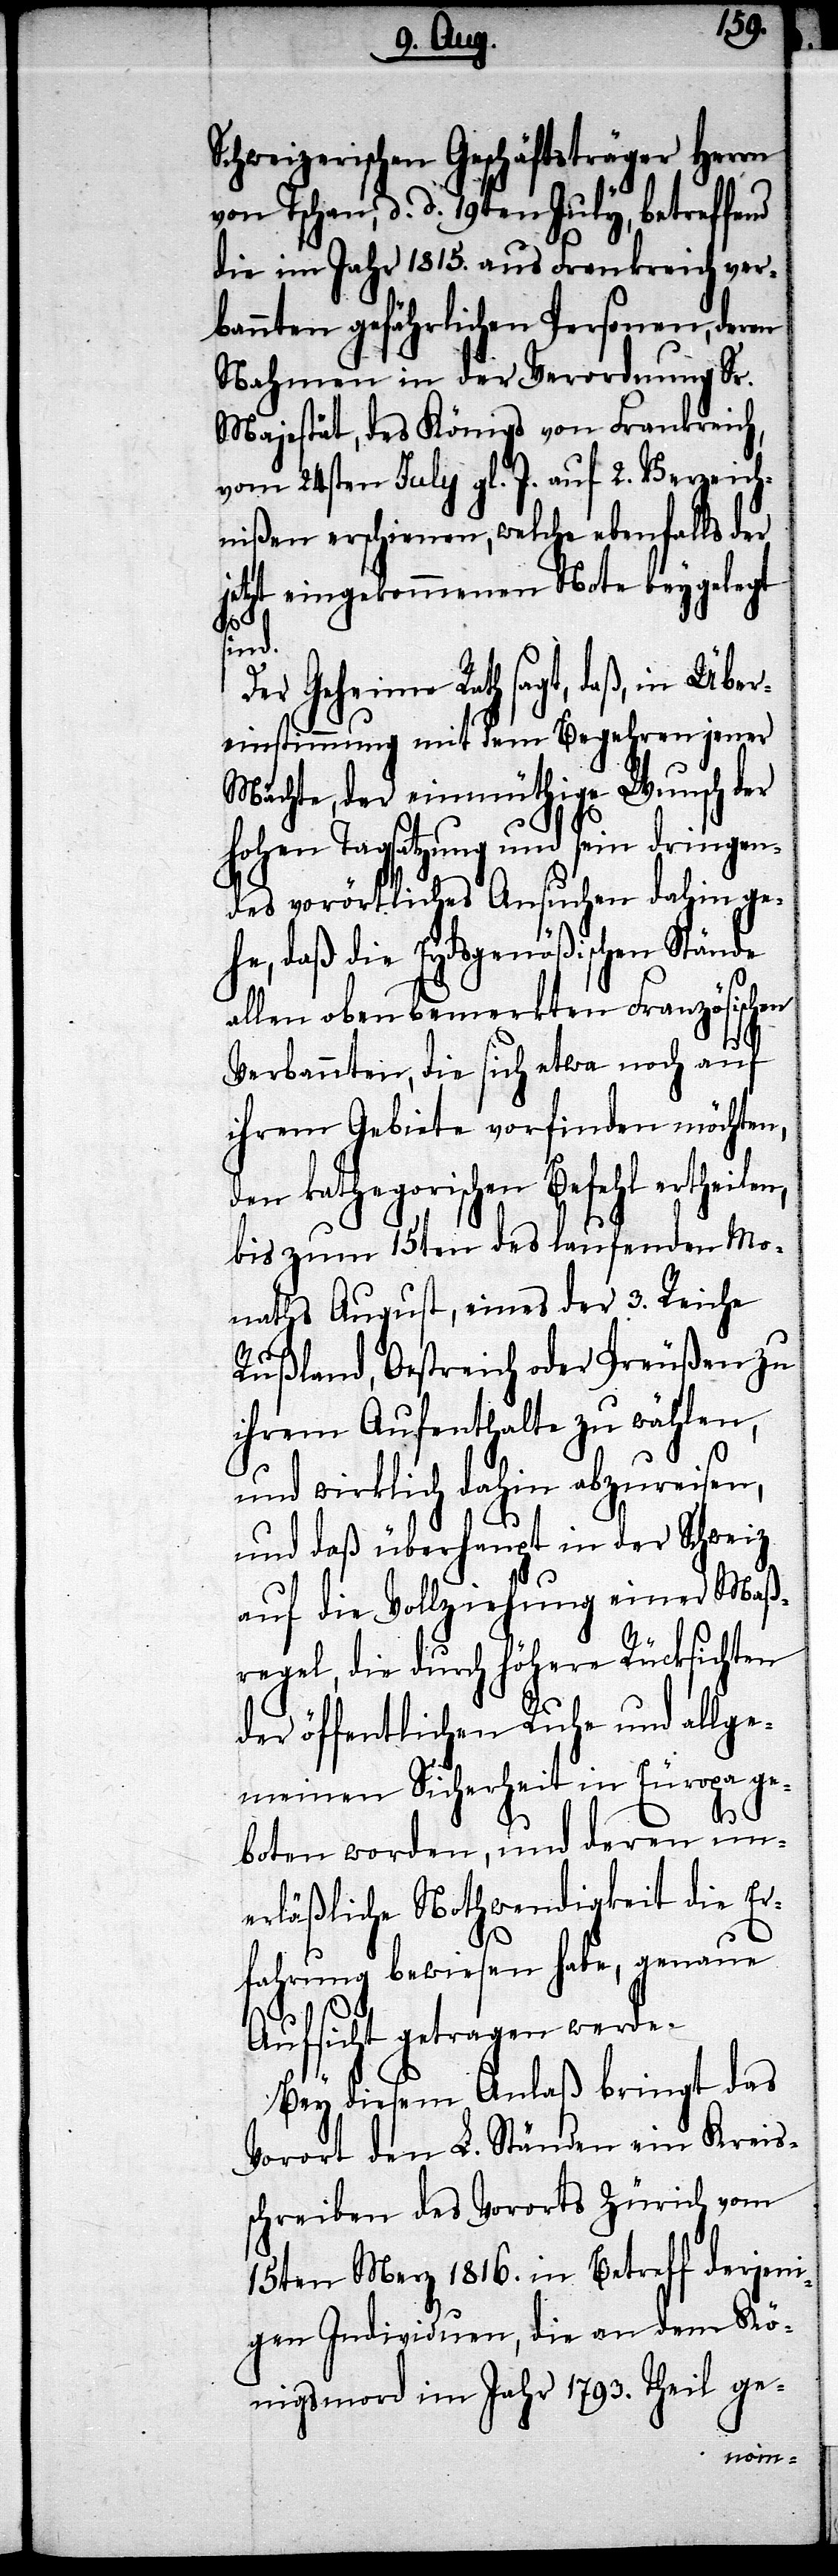
Schweizerischen Geschäftsträger Herrn
von Tschan, d. d. 19ten July, betreffend
die im Jahr 1815. aus Frankreich ver¬
bannten gefährlichen Personen, deren
Nahmen in der Verordnung Sr.
Majestät, des Königs von Frankreich,
vom 24sten July gl. J. auf 2. Verzeich¬
nißen erschienen, welche ebenfalls der
jetzt eingekommenen Note beygelegt
sind.
Der Geheime Rath sagt, daß, in Übe¬
reinstimmung mit dem Begehren jener
Mächte, der einmüthige Wunsch der
hohen Tagsatzung und sein dringen¬
des vorörtliches Ansuchen dahin ge¬
he, daß die Eydsgenößischen Stände
allen oben bemerkten Französischen
Verbannten, die sich etwa noch auf
ihrem Gebiete vorfinden möchten,
en kathegorischen Befehl ertheilen,
bis zum 15ten des laufenden Mo¬
naths August, eines der 3. Reiche
Rußland, Oestreich oder Preußen zu
ihrem Aufenthalte zu wählen,
und wirklich dahin abzureisen,
und daß überhaupt in der Schweiz
auf die Vollziehung einer Maß¬
regel, die durch höhere Rücksichten
der öffentlichen Ruhe und allge¬
meinen Sicherheit in Europa ge¬
d¬
boten worden, und deren un¬
erläßliche Nothwendigkeit die Er¬
fahrung bewiesen habe, genaue
Aufsicht getragen werde.
Bey diesem Anlaß bringt das
Vorort den L. Ständen ein Kreis¬
schreiben des Vororts Zürich vom
15ten Merz 1816. in Betreff derjeni¬
gen Individuen, die an dem Kö¬
nigsmord im Jahr 1793. Theil ge-